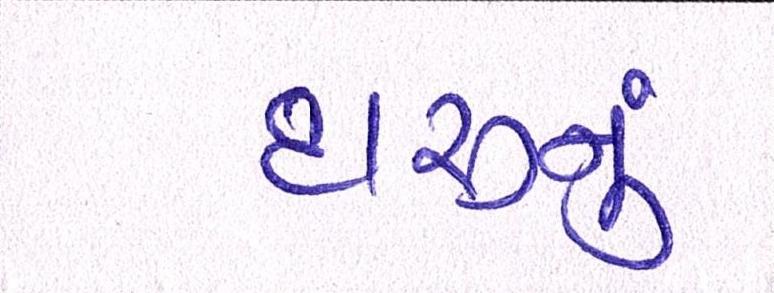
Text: દારૂનુ